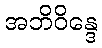
အဘိဝိန္ဒေ